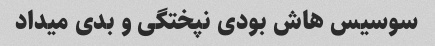
سوسیس هاش بودی نپختگی و بدی میداد